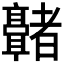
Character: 𬴢